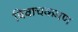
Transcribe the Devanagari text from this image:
विवाचकगण